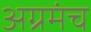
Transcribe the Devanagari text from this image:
अग्रमंच